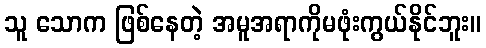
သူ သောက ဖြစ်နေတဲ့ အမူအရာကိုမဖုံးကွယ်နိုင်ဘူး။